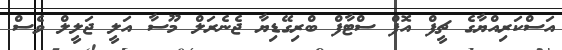
އަސްކަރިއްޔާގެ ޗީފް އޮފް ސްޓާފް ބްރިގޭޑިޔާ ޖެނެރަލް މޫސާ އަލީ ޖަލީލް ވެސް